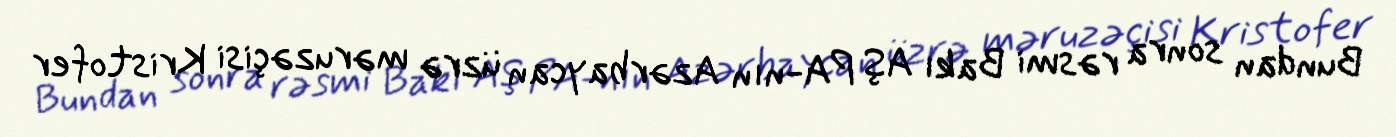
Bundan sonra rəsmi Bakı AŞ PA-nın Azərbaycan üzrə məruzəçisi Kristofer